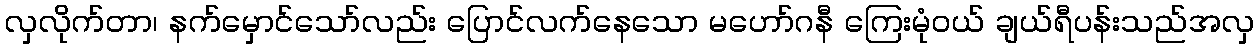
လှလိုက်တာ၊ နက်မှောင်သော်လည်း ပြောင်လက်နေသော မဟော်ဂနီ ကြေးမုံဝယ် ချယ်ရီပန်းသည်အလှ